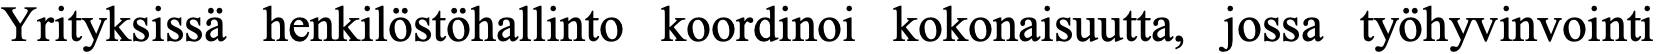
Yrityksissä henkilöstöhallinto koordinoi kokonaisuutta, jossa työhyvinvointi